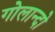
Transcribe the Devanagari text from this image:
गोलान्दो